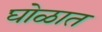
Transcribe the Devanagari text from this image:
घोळात